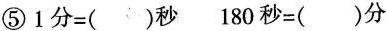
⑤ 1分=（ ）秒 180秒=（ ）分